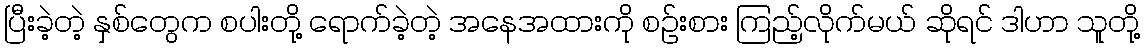
ပြီးခဲ့တဲ့ နှစ်တွေက စပါးတို့ ရောက်ခဲ့တဲ့ အနေအထားကို စဉ်းစား ကြည့်လိုက်မယ် ဆိုရင် ဒါဟာ သူတို့